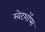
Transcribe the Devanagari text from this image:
स्वेटशॉप्स